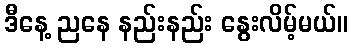
ဒီနေ့ ညနေ နည်းနည်း နွေးလိမ့်မယ်။